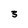
Character: 3